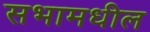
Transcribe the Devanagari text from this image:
सभामधील